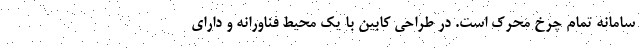
سامانه تمام چرخ محرک است. در طراحی کابین با یک محیط فناورانه و دارای